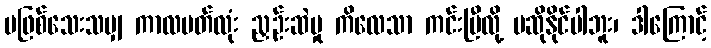
မဖြစ်သေးသမျှ ကာလပတ်လုံး ညှဉ်းဆဲမှု ကိလေသာ ကင်းပြီလို့ မဆိုနိုင်ပါဘူး၊ ဒါကြောင့်